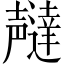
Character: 𫯇